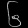
Digit: ၆